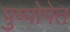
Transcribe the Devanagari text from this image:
पुष्पोपेत